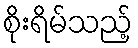
စိုးရိမ်သည့်